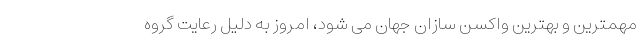
مهمترین و بهترین واکسن سازان جهان می شود، امروز به دلیل رعایت گروه